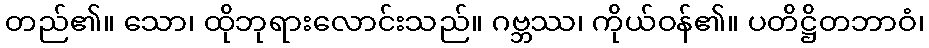
တည်၏။ သော၊ ထိုဘုရားလောင်းသည်။ ဂဗ္ဘဿ၊ ကိုယ်ဝန်၏။ ပတိဋ္ဌိတဘာဝံ၊